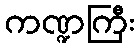
ကဏ္ဍကြီး